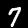
Label: 7